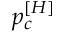
p _ { c } ^ { [ H ] }